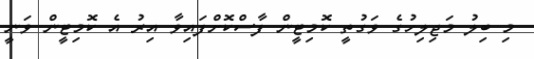
މި ބިލު މަޖިލިހުގެ ވަގުތީ ކޮމިޓީން ފާސްކޮށްފައިވާ އިރު އެ ކޮމިޓީން ވަނީ